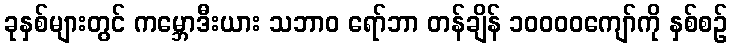
ခုနှစ်များတွင် ကမ္ဘောဒီးယား သဘာဝ ရော်ဘာ တန်ချိန် ၁၀၀၀၀ကျော်ကို နှစ်စဉ်